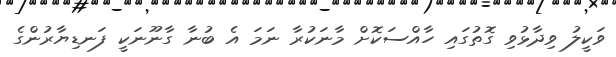
ވަކީލު ވިދާޅުވި ގޮތުގައި ހާއްސަކޮށް މާނަކުރާ ނަމަ އެ ބުނާ ގާނޫނަކީ ފަނޑިޔާރުންގެ